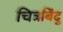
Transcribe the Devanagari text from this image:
चित्रबिंदु